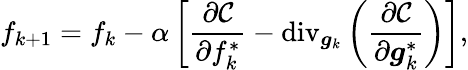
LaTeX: f_{k+1}=f_{k}-\alpha\left[\frac{\partial\mathcal{C}}{\partial f_{k}^{*}}-\textrm{div}_{\boldsymbol{g}_{k}}\left(\frac{\partial\mathcal{C}}{\partial\boldsymbol{g}_{k}^{*}}\right)\right],